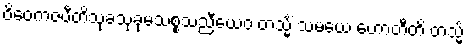
ဝိဝေကဇပီတိသုခသုခုမသစ္စသညီယေဝ တသ္မိံ သမယေ ဟောတီတိ တသ္မိံ